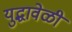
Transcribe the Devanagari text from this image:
युद्धावेळी